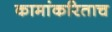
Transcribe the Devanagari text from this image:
कामांकरिताच